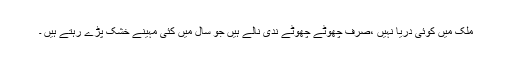
ملک میں کوئی دریا نہیں ،صرف چھوٹے چھوٹے ندی نالے ہیں جو سال میں کئی مہینے خشک پڑے رہتے ہیں ۔